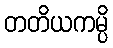
တတိယကမ္ပိ